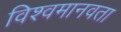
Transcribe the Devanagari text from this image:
विश्वमानवता